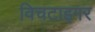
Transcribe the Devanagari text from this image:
विचटाइगर